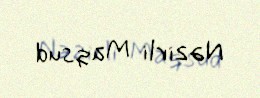
Nəzirli Maqsud